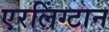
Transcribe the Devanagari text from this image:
एरलिंग्टान